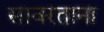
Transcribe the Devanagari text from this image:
सावरताना